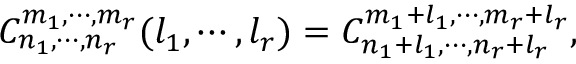
C _ { n _ { 1 } , \cdots , n _ { r } } ^ { m _ { 1 } , \cdots , m _ { r } } ( l _ { 1 } , \cdots , l _ { r } ) = C _ { n _ { 1 } + l _ { 1 } , \cdots , n _ { r } + l _ { r } } ^ { m _ { 1 } + l _ { 1 } , \cdots , m _ { r } + l _ { r } } ,